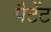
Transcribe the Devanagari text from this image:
पैटेंट